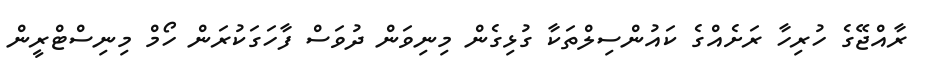
ރާއްޖޭގެ ހުރިހާ ރަށެއްގެ ކައުންސިލްތަކާ ގުޅިގެން މިނިވަން ދުވަސް ފާހަގަކުރަން ހޯމް މިނިސްޓްރީން